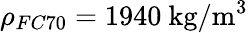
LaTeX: \rho_{FC70}=1940~\mathrm{kg/m^{3}}